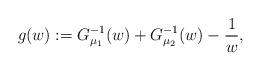
LaTeX: \begin{align*}g(w) := G_{\mu_1}^{-1}(w) + G_{\mu_2}^{-1}(w) - \frac{1}{w},\end{align*}